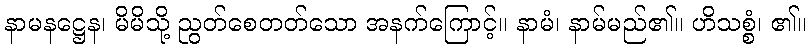
နာမနဋ္ဌေန၊ မိမိသို့ ညွတ်စေတတ်သော အနက်ကြောင့်။ နာမံ၊ နာမ်မည်၏။ ဟိသစ္စံ၊ ၏။